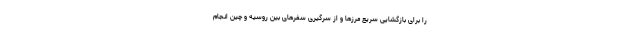
را برای بازگشایی سریع مرزها و از سرگیری سفرهای بین روسیه و چین انجام